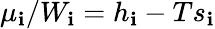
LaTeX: \mu_{\mathbf{i}}/W_{\mathbf{i}}=h_{\mathbf{i}}-Ts_{\mathbf{i}}